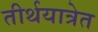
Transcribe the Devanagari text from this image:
तीर्थयात्रेत